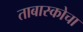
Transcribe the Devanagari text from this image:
ताबास्कोचा